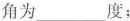
角为___度;